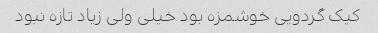
کیک گردویی خوشمزه بود خیلی ولی زیاد تازه نبود